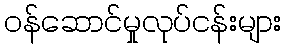
ဝန်ဆောင်မှုလုပ်ငန်းများ